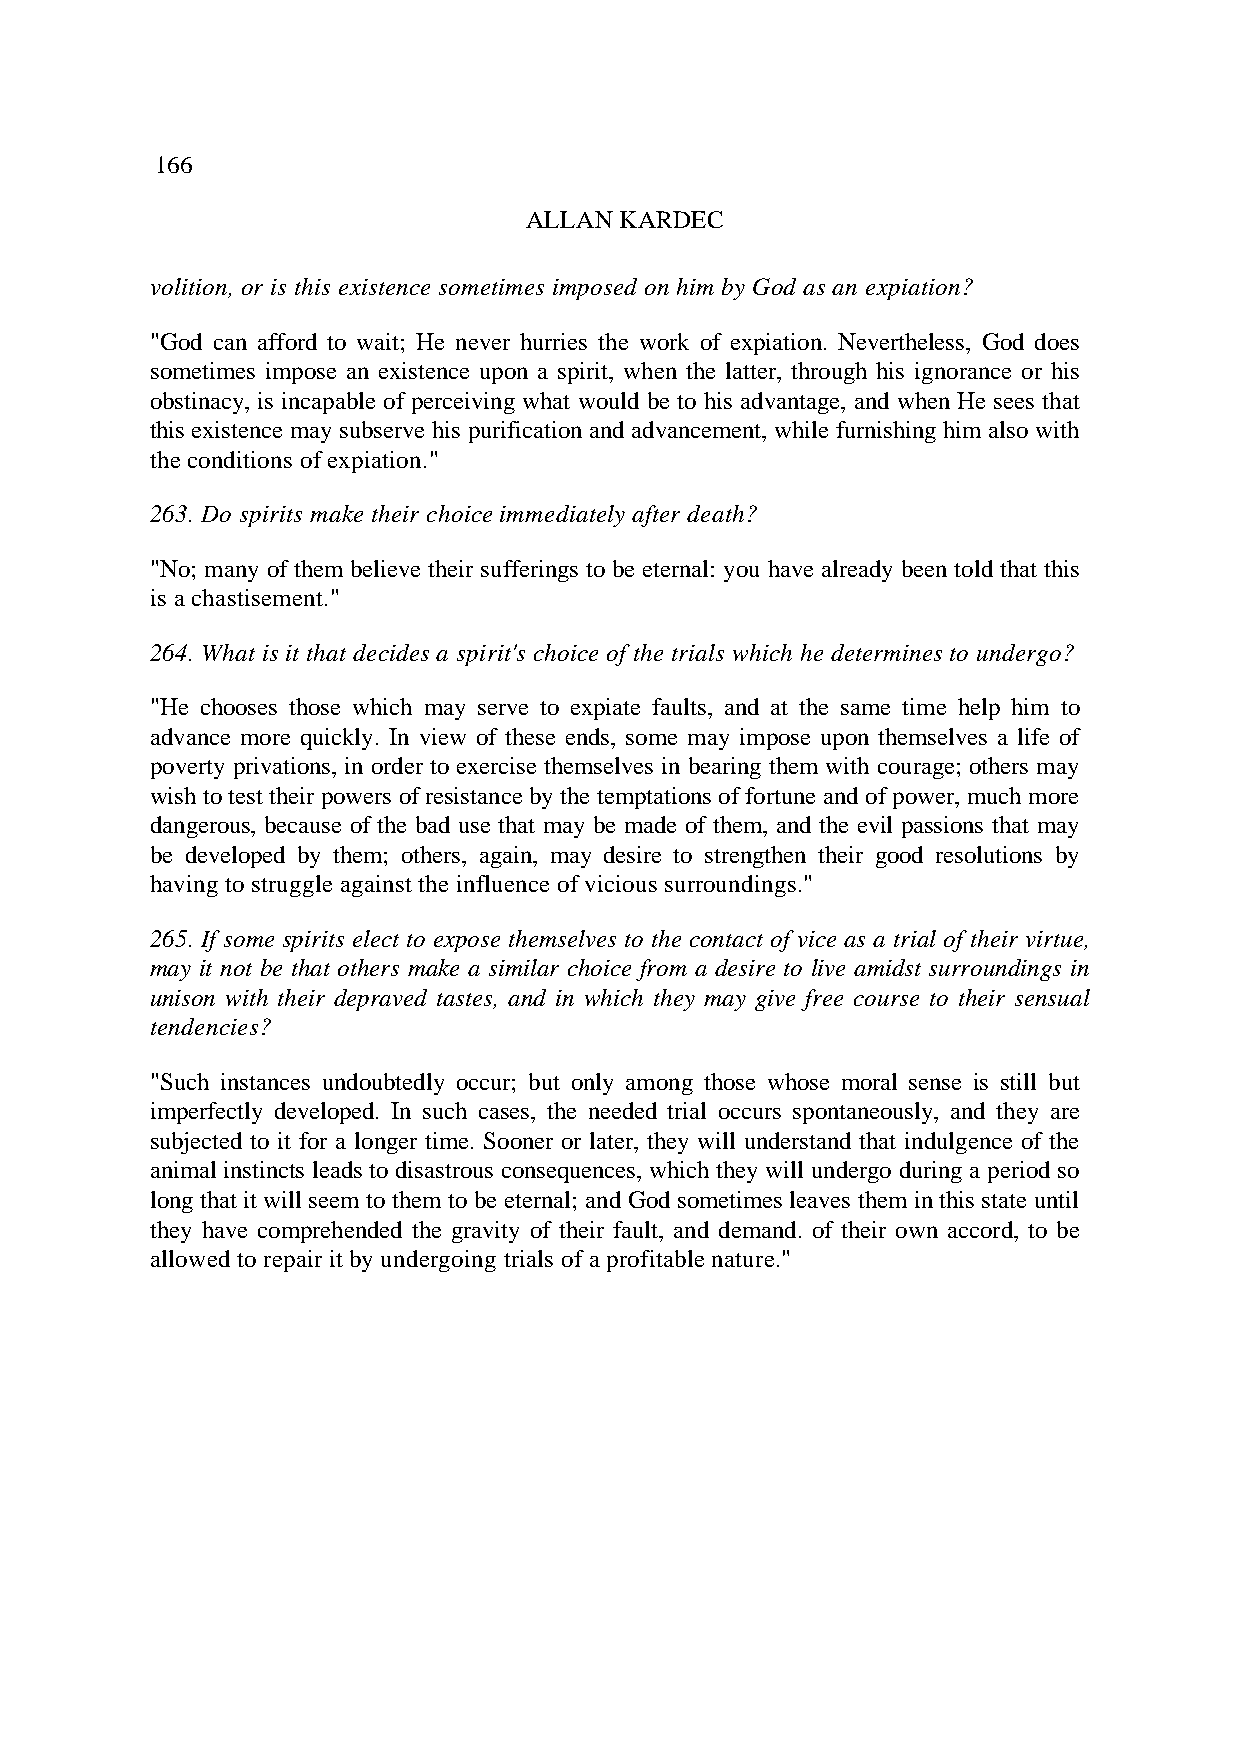
166
 ALLAN KARDEC
 volition, or is this existence sometimes imposed on him by God as an expiation?
 "God can afford to wait; He never hurries the work of expiation. Nevertheless, God does
 sometimes impose an existence upon a spirit, when the latter, through his ignorance or his
 obstinacy, is incapable of perceiving what would be to his advantage, and when He sees that
 this existence may subserve his purification and advancement, while furnishing him also with
 the conditions of expiation."
 263. Do spirits make their choice immediately after death?
 "No; many of them believe their sufferings to be eternal: you have already been told that this
 is a chastisement."
 264. What is it that decides a spirit's choice of the trials which he determines to undergo?
 "He chooses those which may serve to expiate faults, and at the same time help him to
 advance more quickly. In view of these ends, some may impose upon themselves a life of
 poverty privations, in order to exercise themselves in bearing them with courage; others may
 wish to test their powers of resistance by the temptations of fortune and of power, much more
 dangerous, because of the bad use that may be made of them, and the evil passions that may
 be developed by them; others, again, may desire to strengthen their good resolutions by
 having to struggle against the influence of vicious surroundings."
 265. If some spirits elect to expose themselves to the contact of vice as a trial of their virtue,
 may it not be that others make a similar choice from a desire to live amidst surroundings in
 unison with their depraved tastes, and in which they may give free course to their sensual
 tendencies?
 "Such instances undoubtedly occur; but only among those whose moral sense is still but
 imperfectly developed. In such cases, the needed trial occurs spontaneously, and they are
 subjected to it for a longer time. Sooner or later, they will understand that indulgence of the
 animal instincts leads to disastrous consequences, which they will undergo during a period so
 long that it will seem to them to be eternal; and God sometimes leaves them in this state until
 they have comprehended the gravity of their fault, and demand. of their own accord, to be
 allowed to repair it by undergoing trials of a profitable nature."